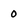
Character: 0